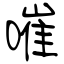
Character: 嗺